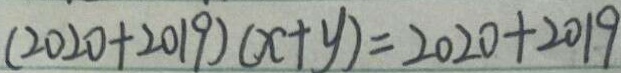
( 2 0 2 0 + 2 0 1 9 ) ( x + y ) = 2 0 2 0 + 2 0 1 9